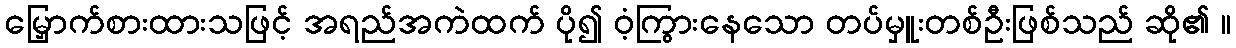
မြှောက်စားထားသဖြင့် အရည်အကဲထက် ပို၍ ဝံ့ကြွားနေသော တပ်မှူးတစ်ဦးဖြစ်သည် ဆို၏ ။